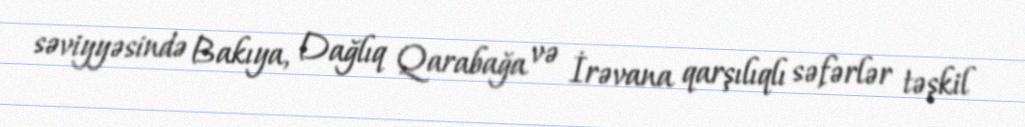
səviyyəsində Bakıya, Dağlıq Qarabağa və İrəvana qarşılıqlı səfərlər təşkil